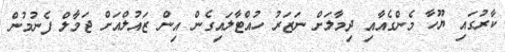
ކާރުގައި ޔޫހާ މެންގެއާއި ދިމާލަށް ނަޒަރު ހުއްޓާލައިގެން އިން ޒައުލްއަށް ޖަމާލް ފެނުމުން